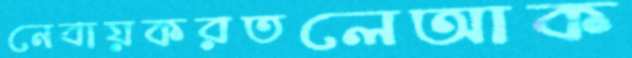
নেবায়করতলেআক